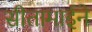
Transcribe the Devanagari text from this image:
सीतामाईने